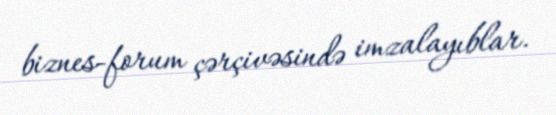
biznes-forum çərçivəsində imzalayıblar.